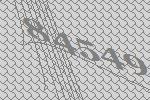
84549